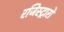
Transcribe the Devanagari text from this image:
रजिस्ट्रारों